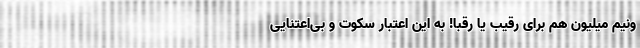
ونیم میلیون هم برای رقیب یا رقبا! به این اعتبار سکوت و بی‌اعتنایی